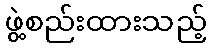
ဖွဲ့စည်းထားသည့်